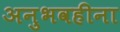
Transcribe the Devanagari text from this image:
अनुभवहीना